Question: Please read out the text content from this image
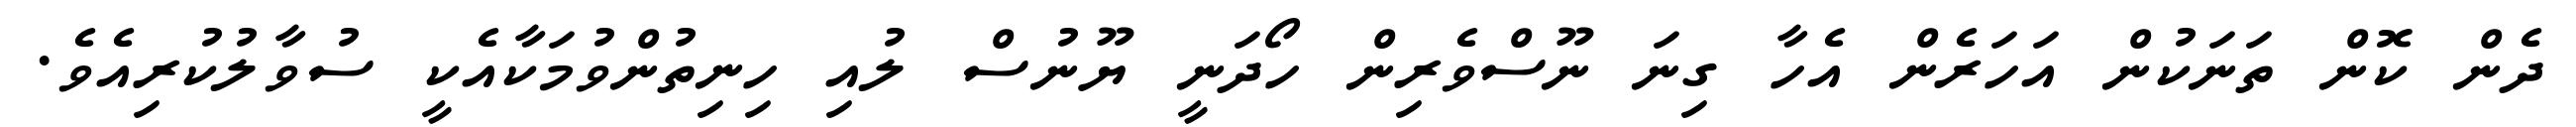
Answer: ދެން ކޮން ތަނަކުން އަހަރެން އެހާ ގިނަ ނޫސްވެރިން ހޯދަނީ ޔޫނުސް ލުއި ހިނިތުންވުމަކާއެކީ ސުވާލުކުރިއެވެ.